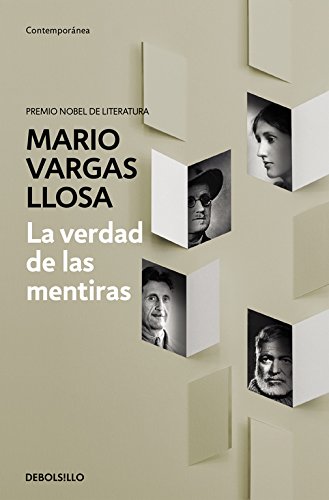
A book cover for La verdad de las mentiras (Spanish Edition); Mario Vargas Llosa; Literature & Fiction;